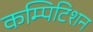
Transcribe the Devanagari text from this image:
कम्पिटिशन